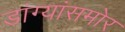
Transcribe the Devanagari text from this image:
डांग्यांसमोर